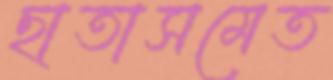
ছাতাসমেত